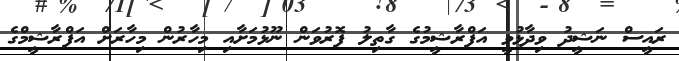
ރައީސް ނަޝީދު ވިދާޅުވީ އަފްރާޝީމުގެ ގާތިލު ފޮރުވަން ނޫޅުމަށާއި މިހާރުން މިހާރަށް އަފްރާޝީމްގެ